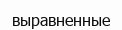
выравненные